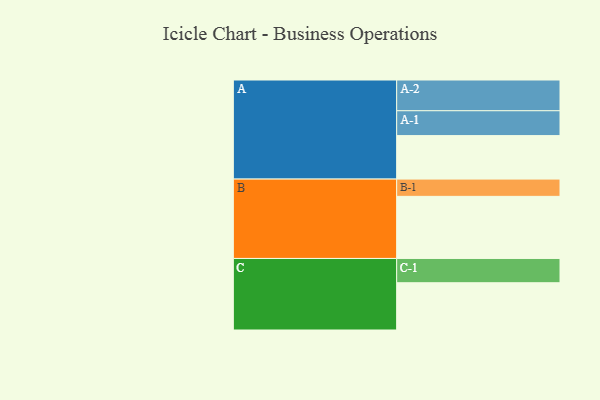
{"axis": {"x": "Segment", "y": "Value"}, "legend": ["", "A", "B", "C"], "data": [{"x": "A", "y": 355, "type": ""}, {"x": "B", "y": 507, "type": ""}, {"x": "C", "y": 386, "type": ""}, {"x": "A-1", "y": 203, "type": "A"}, {"x": "A-2", "y": 251, "type": "A"}, {"x": "B-1", "y": 141, "type": "B"}, {"x": "C-1", "y": 198, "type": "C"}]}